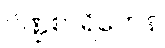
ပိဏ္ဍစာရိကေန